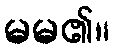
မမ၏။